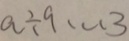
a \div 9 \cdots 3